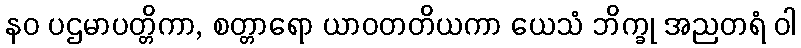
နဝ ပဌမာပတ္တိကာ, စတ္တာရော ယာဝတတိယကာ ယေသံ ဘိက္ခု အညတရံ ဝါ